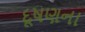
દૂષણના